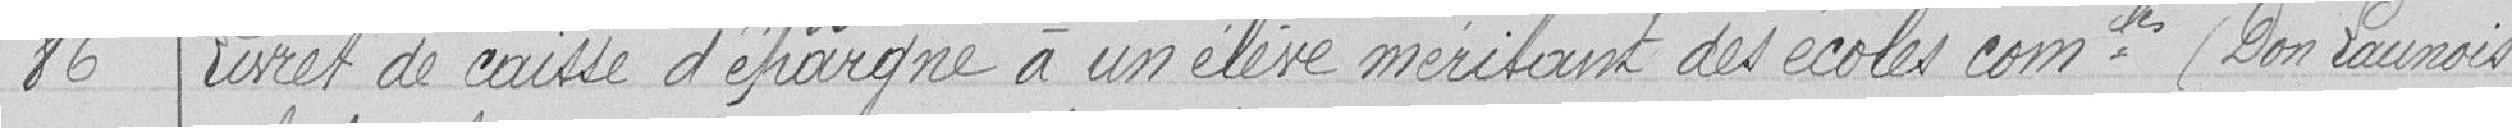
86 Livret de caisse d'épargne à un élève méritant des école communales (Don Launois)